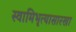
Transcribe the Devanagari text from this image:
स्वामिभृत्यासारखा